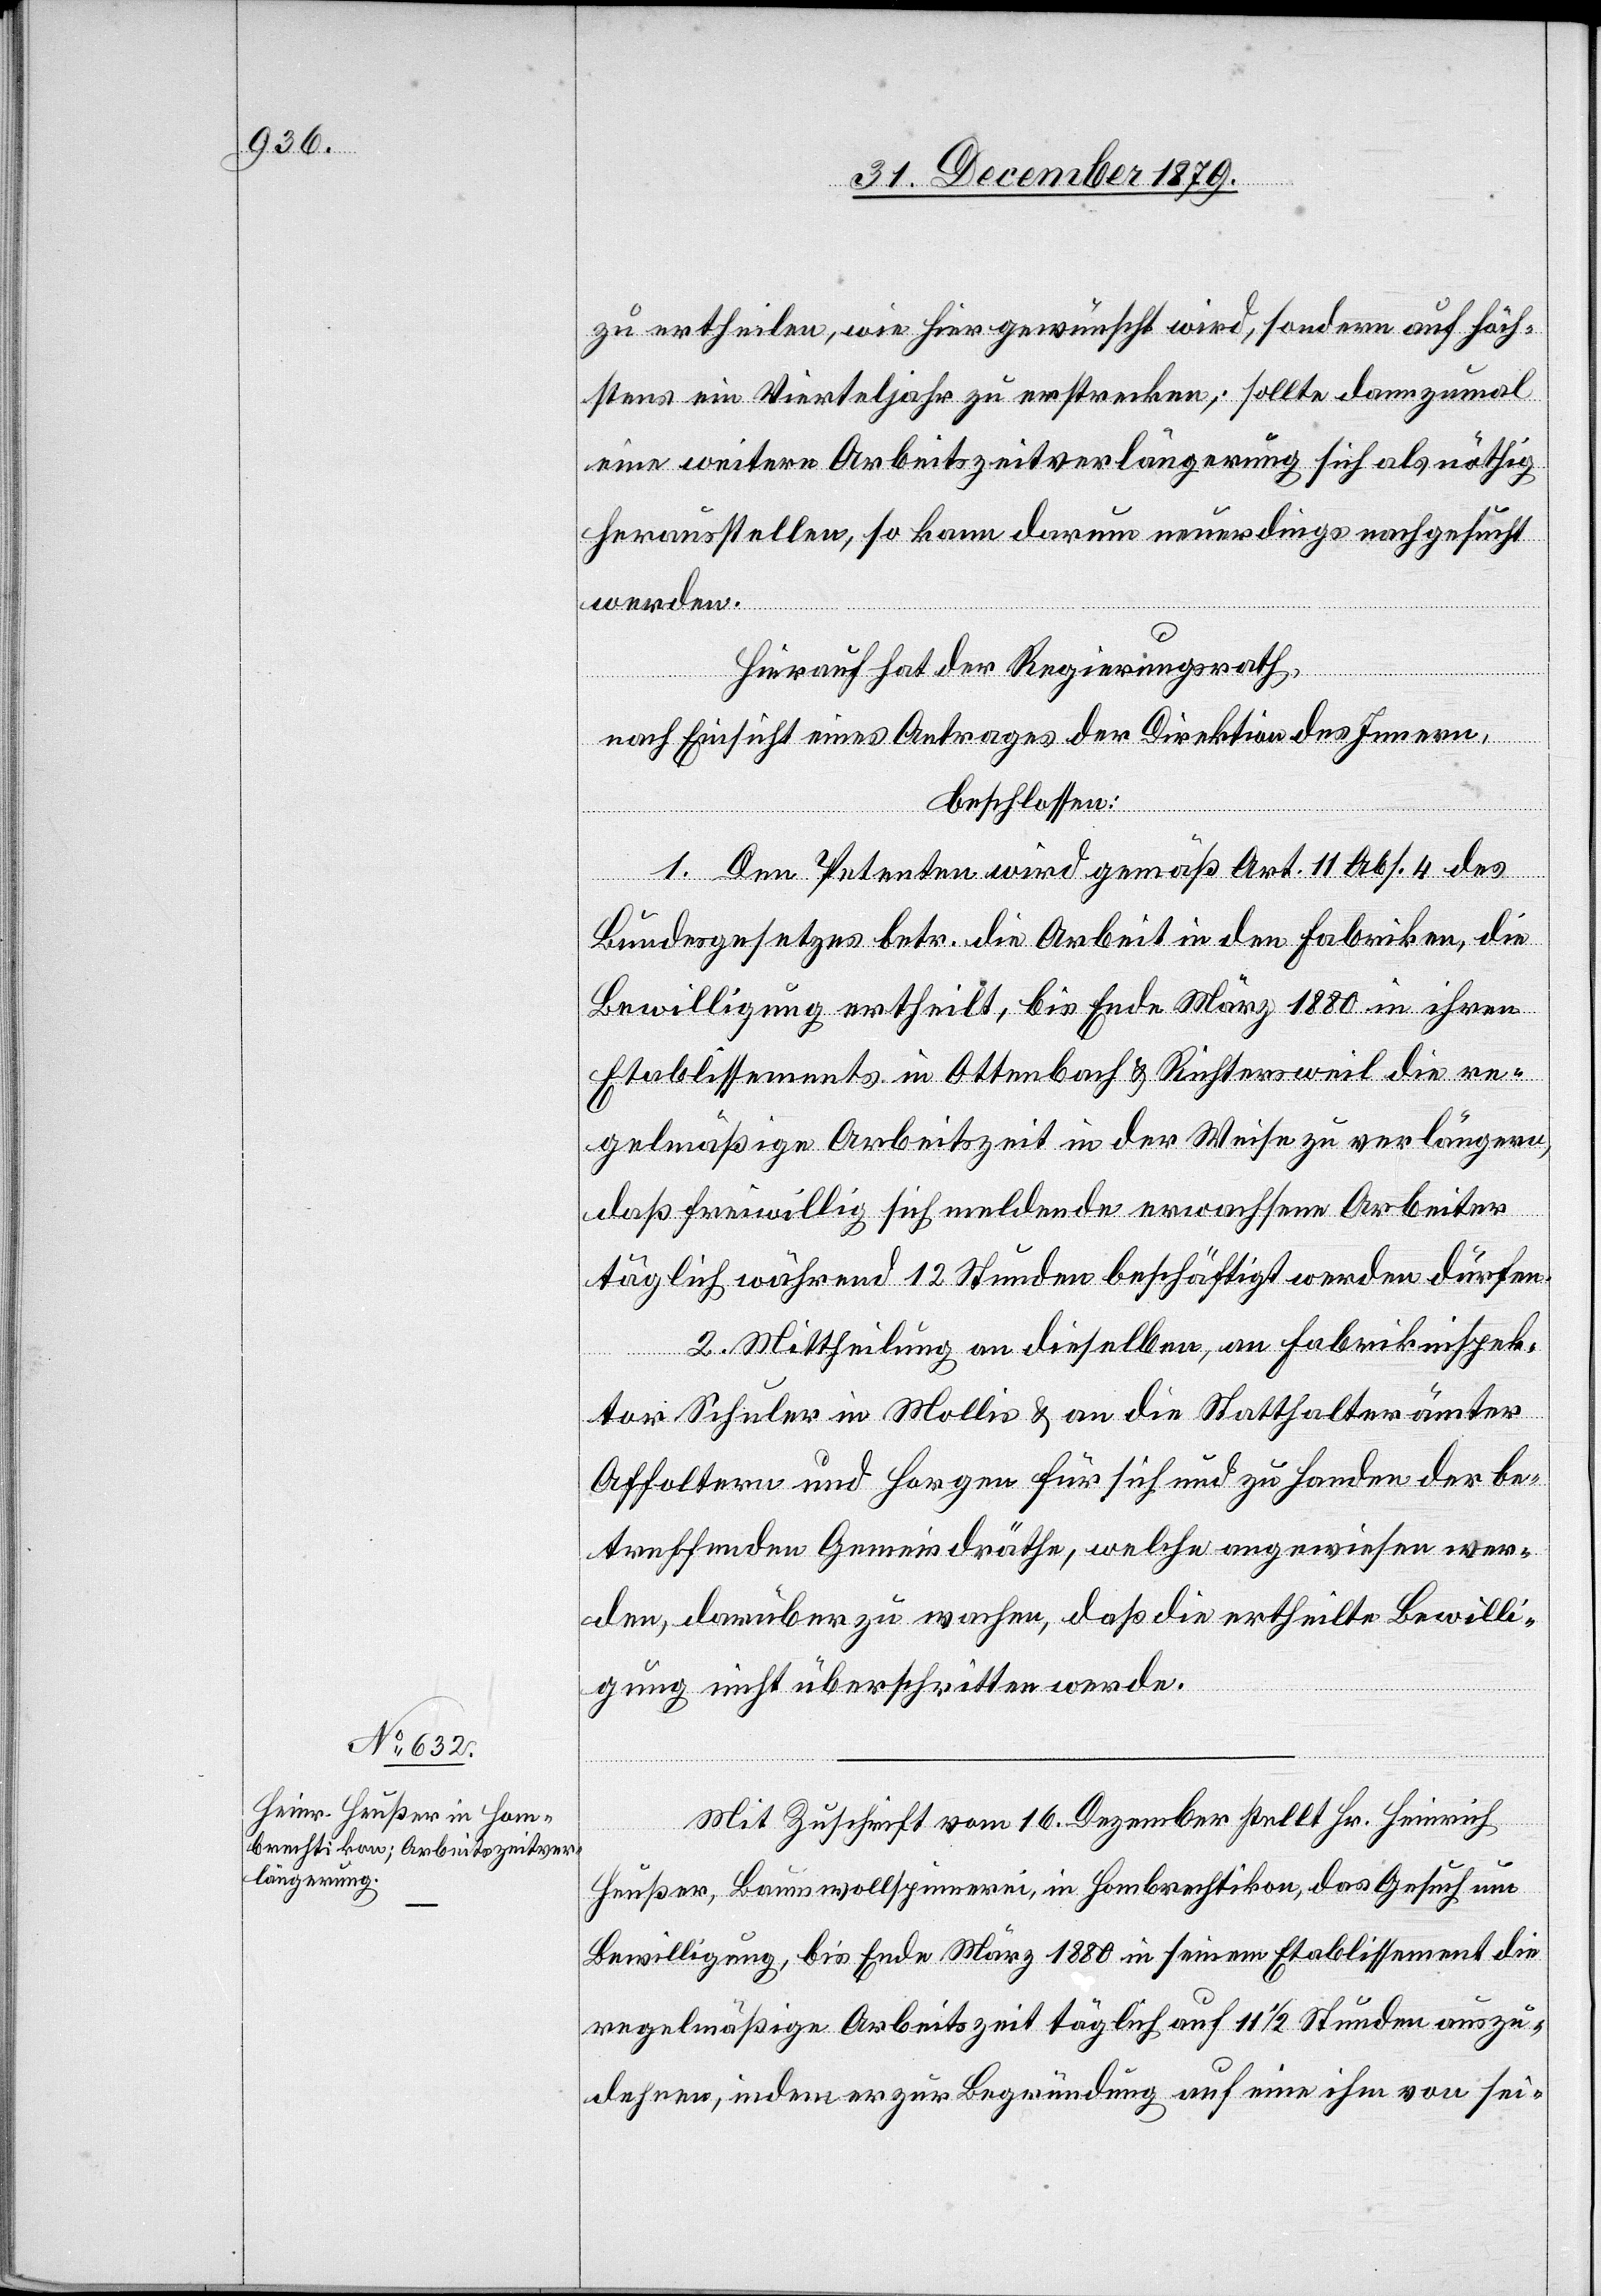
zu ertheilen, wie hier gewünscht wird, sondern auf höch¬
stens ein Vierteljahr zu erstrecken; sollte dann zumal
eine weitere Arbeitszeitverlängerung sich als nöthig
herausstellen, so kann darum neuerdings nachgesucht
werden.
Hierauf hat der Regierungsrath,
nach Einsicht eines Antrages der Direktion des Innern,
beschlossen:
1. Dem Petenten wird gemäß Art. 11 Abs. 4 des
Bundesgesetzes betr. die Arbeit in den Fabriken, die
Bewilligung ertheilt, bis Ende März 1880 in ihren
Etablissements in Ottenbach & Richtersweil die re¬
gelmäßige Arbeitszeit in der Weise zu verlängern,
daß freiwillig sich meldende erwachsene Arbeiter
täglich während 12 Stunden beschäftigt werden dürfen.
2. Mittheilung an dieselben, an Fabrikinspek¬
tor Schuler in Mollis & an die Statthalterämter
Affoltern und Horgen für sich und zu Handen der be¬
treffenden Gemeindräthe, welche angewiesen wer¬
den, darüber zu wachen, daß die ertheilte Bewilli¬
gung nicht überschritten werde.
Mit Zuschrift vom 16. Dezember stellt Hr. Heinrich
Heußer, Baumwollspinnerei, in Hombrechtikon, das Gesuch um
Bewilligung, bis Ende März 1880 in seinem Etablissement die
regelmäßige Arbeitszeit täglich auf 11 1/2 Stunden auszu¬
dehnen, indem er zur Begründung auf eine ihm von sei-